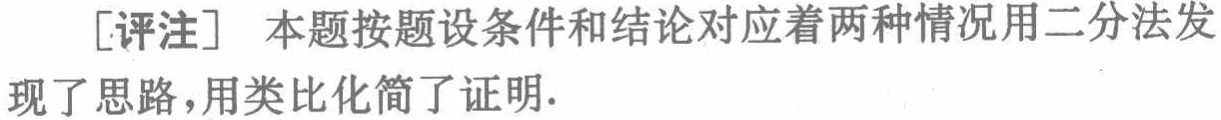
[评注] 本题按题设条件和结论对应着两种情况用二分法发现了思路，用类比化简了证明.